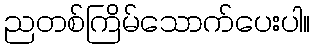
ညတစ်ကြိမ်သောက်ပေးပါ။